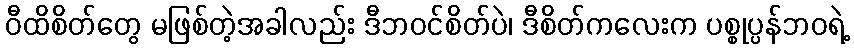
ဝီထိစိတ်တွေ မဖြစ်တဲ့အခါလည်း ဒီဘဝင်စိတ်ပဲ၊ ဒီစိတ်ကလေးက ပစ္စုပ္ပန်ဘဝရဲ့